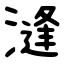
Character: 漨